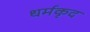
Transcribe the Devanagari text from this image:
धर्मकृद